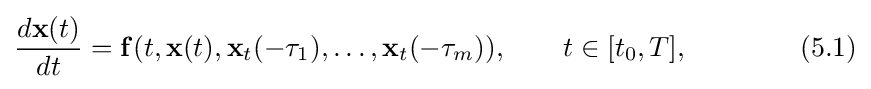
{\frac {d\mathbf {x} (t)}{dt}}=\mathbf {f} (t,\mathbf {x} (t),\mathbf {x} _{t}(-\tau _{1}),\ldots ,\mathbf {x} _{t}(-\tau _{m})),\qquad t\in [t_{0},T],\qquad \qquad (5.1)